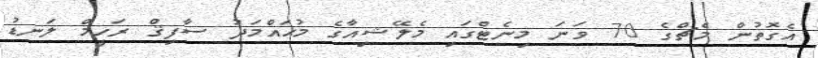
އެގޮތުން މެޗްގެ 70 ވަނަ މިނެޓްގައި މެލޭޝިއާގެ މުޙައްމަދު ސާފިޤް ރަހީމް ލަނޑު